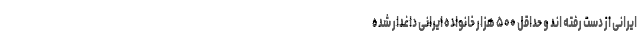
ایرانی از دست رفته اند و حداقل ۵۰۰ هزار خانواده ایرانی داغدار شده